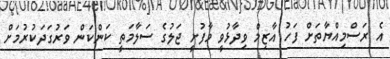
އެ ރަސްމިއްޔާތަށް ފަހު އާޒިމް ވިދާޅުވީ މާފުށީ ޖަލުގެ ސަލާމަތީ ކަންކަން ވަރުގަދަކުރުމަށް